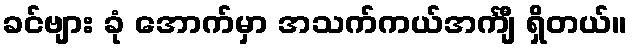
ခင်ဗျား ခုံ အောက်မှာ အသက်ကယ်အင်္ကျီ ရှိတယ်။